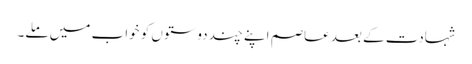
شہادت کے بعد عاصم اپنے چند دوستوں کو خواب میں ملے۔